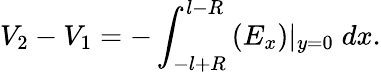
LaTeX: V_{2}-V_{1}=-\int_{-l+R}^{l-R}\left(E_{x}\right)\lvert_{y=0}\; dx.